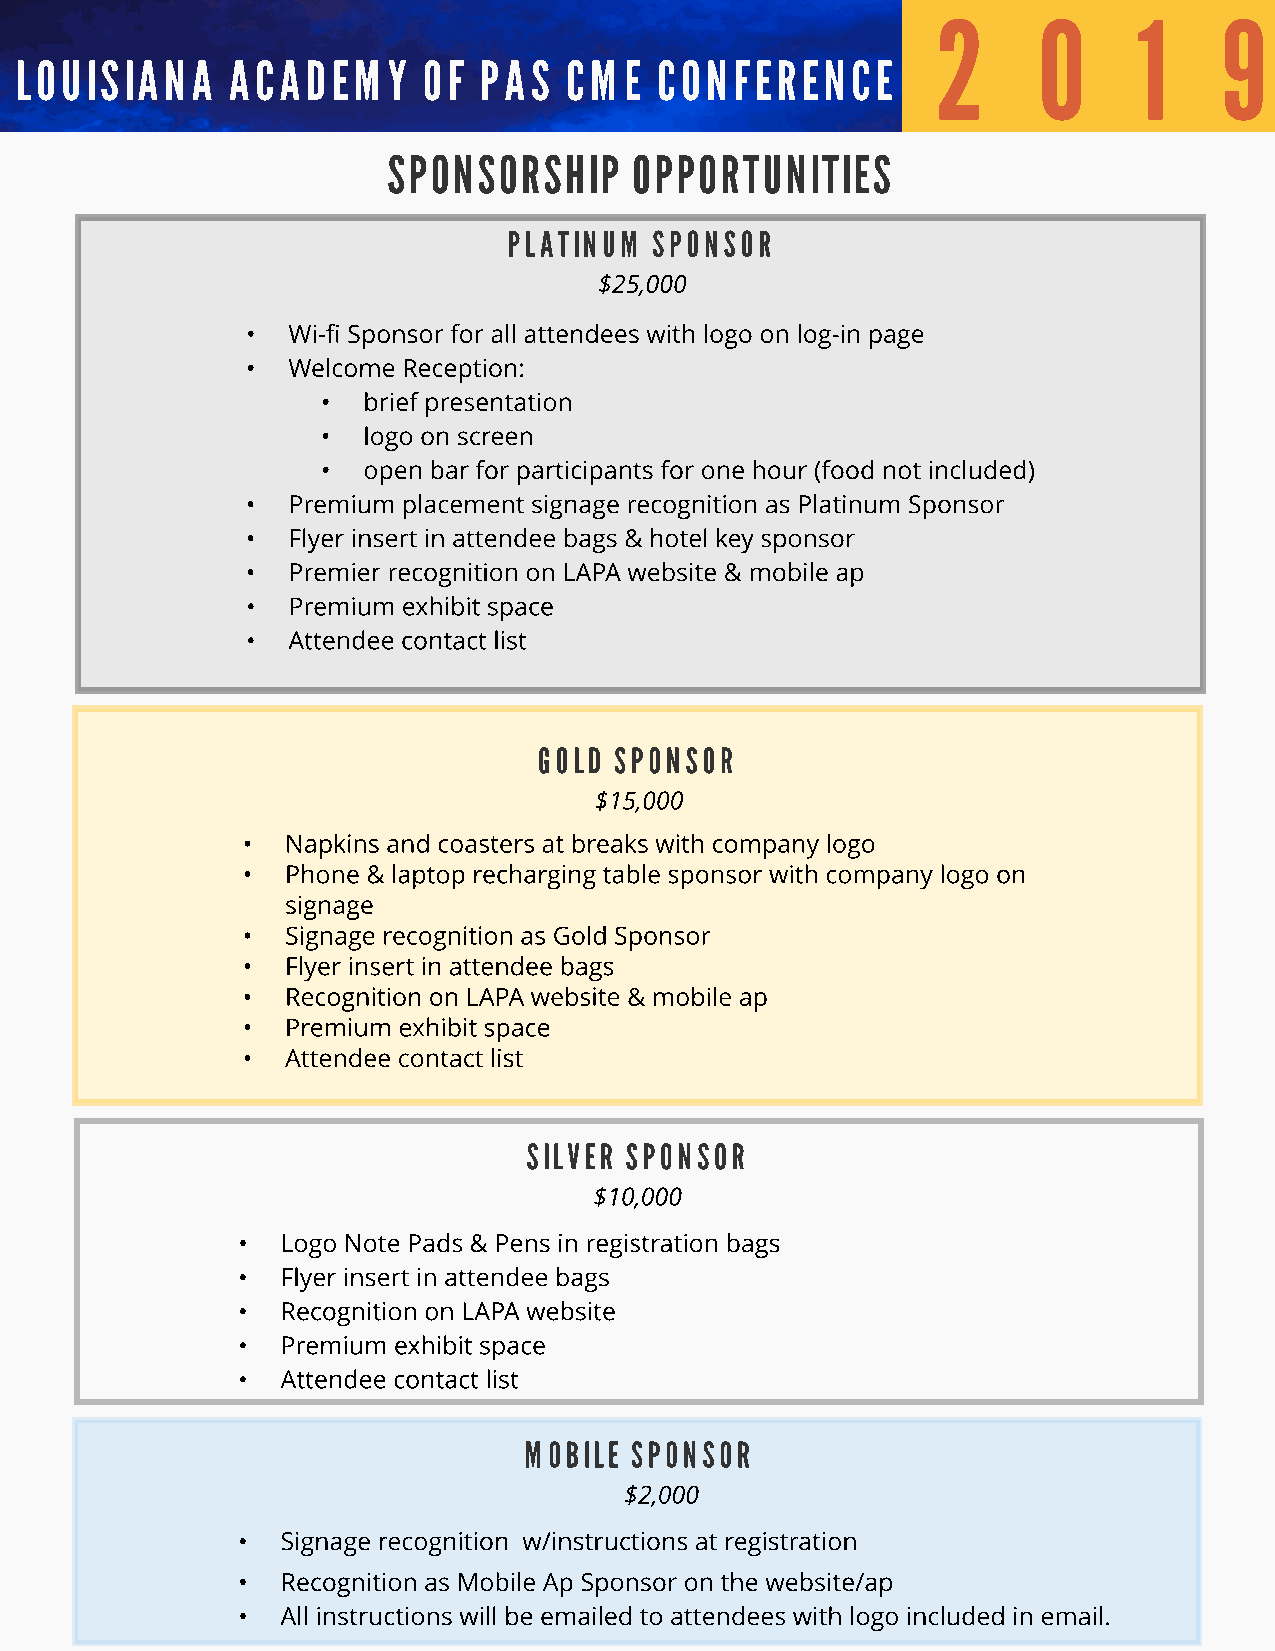
2      0     1     9
 LOUISIANA     ACADEMY      OF  PAS  CME   CONFERENCE
 SPONSORSHIP     OPPORTUNITIES
 PLATINUM SPONSOR
 $25,000
 -  Wi-fi Sponsor for all attendees with logo on log-in page
 -  Welcome Reception:
 -  brief presentation
 -  logo on screen
 -  open bar for participants for one hour (food not included)
 -  Premium placement signage recognition as Platinum Sponsor
 -  Flyer insert in attendee bags & hotel key sponsor
 -  Premier recognition on LAPA website & mobile ap
 -  Premium exhibit space
 -  Attendee contact list
 GOLD SPONSOR
 $15,000
 -  Napkins and coasters at breaks with company logo
 -  Phone & laptop recharging table sponsor with company logo on
 signage
 -  Signage recognition as Gold Sponsor
 -  Flyer insert in attendee bags
 -  Recognition on LAPA website & mobile ap
 -  Premium exhibit space
 -  Attendee contact list
 SILVER SPONSOR
 $10,000
 -  Logo Note Pads & Pens in registration bags
 -  Flyer insert in attendee bags
 -  Recognition on LAPA website
 -  Premium exhibit space
 -  Attendee contact list
 MOBILE SPONSOR
 $2,000
 -  Signage recognition w/instructions at registration
 -  Recognition as Mobile Ap Sponsor on the website/ap
 -  All instructions will be emailed to attendees with logo included in email.